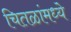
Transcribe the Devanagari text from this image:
चितळांमध्ये